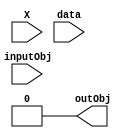
module LoadTexture(
    input [9:0]X,
    input inputObj,
    input [19:0]data,
    output outObj
    );
    reg [5:0]Index;
    reg dataBit;
    initial begin
        dataBit = 0;
        Index = 19;
    end
    
    always @ (X) begin
        if(flag) begin
            
        end
    end
    
    assign outObj = dataBit & inputObj;
endmodule